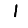
Digit: 1